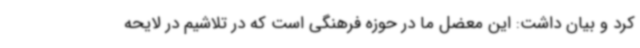
کرد و بیان داشت: این معضل ما در حوزه فرهنگی است که در تلاشیم در لایحه